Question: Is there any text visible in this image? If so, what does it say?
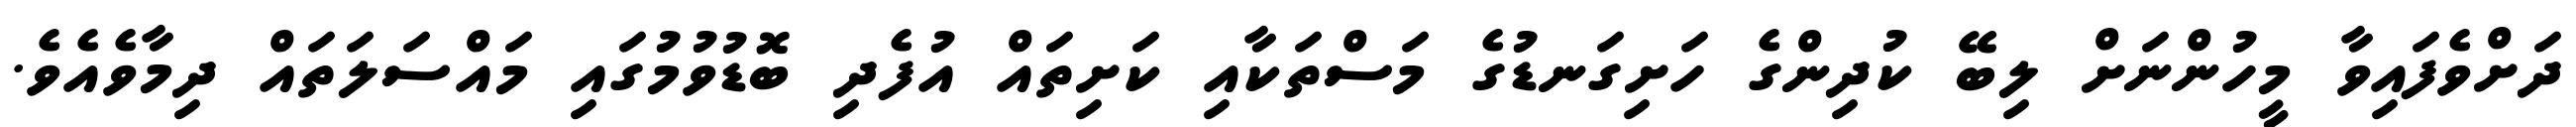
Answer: ދަށްވެފައިވާ މީހުންނަށް ލިބޭ ކުދިންގެ ހަށިގަނޑުގެ މަސްތަކާއި ކަށިތައް އުފެދި ބޮޑުވުމުގައި މައްސަލަތައް ދިމާވެއެވެ.